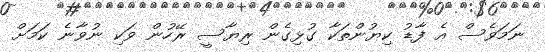
ނަމަވެސް އެ ފާޑު ކިޔުންތަކާ ގުޅިގެން ރިޔާސީ ރޭހުން ވަކި ނުވާނެ ކަމަށް